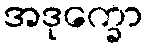
အဒုက္ခော